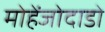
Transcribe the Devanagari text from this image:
मोहेंजोदाडो